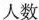
人数